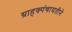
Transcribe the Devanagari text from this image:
ग्राहक्पंचायतीने